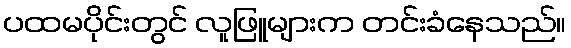
ပထမပိုင်းတွင် လူဖြူများက တင်းခံနေသည်။